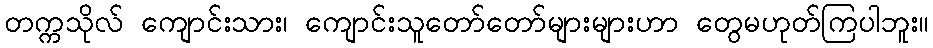
တက္ကသိုလ် ကျောင်းသား၊ ကျောင်းသူတော်တော်များများဟာ တွေမဟုတ်ကြပါဘူး။